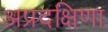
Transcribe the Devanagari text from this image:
अप्रदक्षिणा